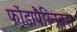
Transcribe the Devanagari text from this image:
फोंडापैरिनक्स